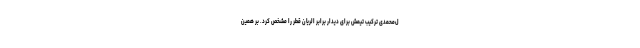
ل‌محمدی ترکیب تیمش برای دیدار برابر الریان قطر را مشخص کرد. بر همین